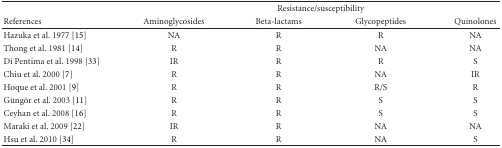
<table><thead><tr><td></td><td colspan="4"><b>Resistance/susceptibility</b></td></tr><tr><td><b>References</b></td><td><b>Aminoglycosides</b></td><td><b>Beta-lactams</b></td><td><b>Glycopeptides</b></td><td><b>Quinolones</b></td></tr></thead><tbody><tr><td>Hazuka et al. 1977 [15]</td><td>NA</td><td>R</td><td>R</td><td>NA</td></tr><tr><td>Thong et al. 1981 [14]</td><td>R</td><td>R</td><td>NA</td><td>NA</td></tr><tr><td>Di Pentima et al. 1998 [33]</td><td>IR</td><td>R</td><td>R</td><td>S</td></tr><tr><td>Chiu et al. 2000 [7]</td><td>R</td><td>R</td><td>NA</td><td>IR</td></tr><tr><td>Hoque et al. 2001 [9]</td><td>R</td><td>R</td><td>R/S</td><td>R</td></tr><tr><td>Güngör et al. 2003 [11]</td><td>R</td><td>R</td><td>S</td><td>S</td></tr><tr><td>Ceyhan et al. 2008 [16]</td><td>R</td><td>R</td><td>S</td><td>S</td></tr><tr><td>Maraki et al. 2009 [22]</td><td>IR</td><td>R</td><td>NA</td><td>NA</td></tr><tr><td>Hsu et al. 2010 [34]</td><td>R</td><td>R</td><td>NA</td><td>S</td></tr></tbody></table>